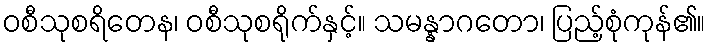
ဝစီသုစရိတေန၊ ဝစီသုစရိုက်နှင့်။ သမန္နာဂတော၊ ပြည့်စုံကုန်၏။